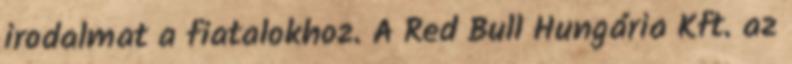
irodalmat a fiatalokhoz. A Red Bull Hungária Kft. az